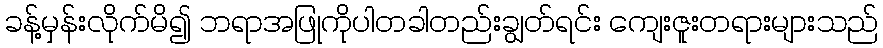
ခန့်မှန်းလိုက်မိ၍ ဘရာအဖြုကိုပါတခါတည်းချွတ်ရင်း ကျေးဇူးတရားများသည်